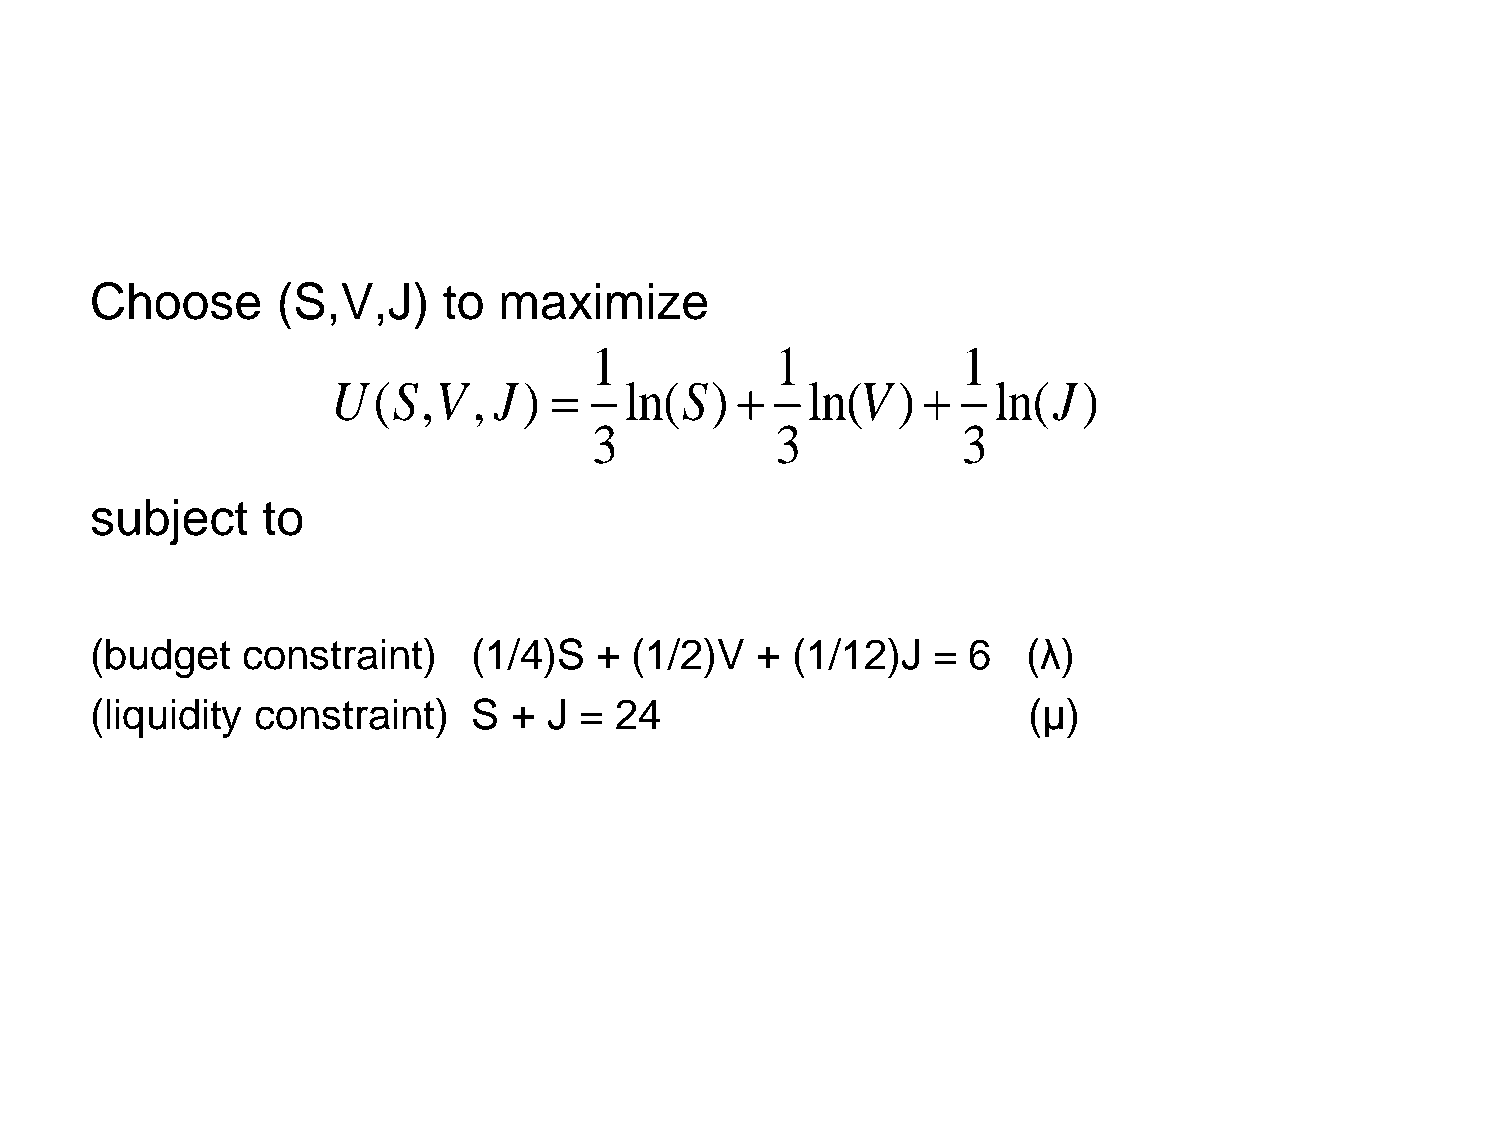
Choose      (S,V,J)    to  maximize
 1           1            1
 U(S,V,     J)     ln(S)      ln(V  )     ln(J)
 3           3            3
 subject    to
 (budget   constraint)    (1/4)S  +  (1/2)V  + (1/12)J   = 6   (λ)
 (liquidity constraint)   S  + J =  24                         (μ)